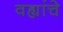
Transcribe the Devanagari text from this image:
वह्यांचे